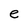
Character: e